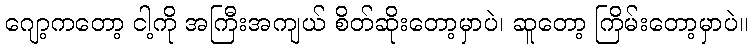
ဂျော့ကတော့ ငါ့ကို အကြီးအကျယ် စိတ်ဆိုးတော့မှာပဲ၊ ဆူတော့ ကြိမ်းတော့မှာပဲ။